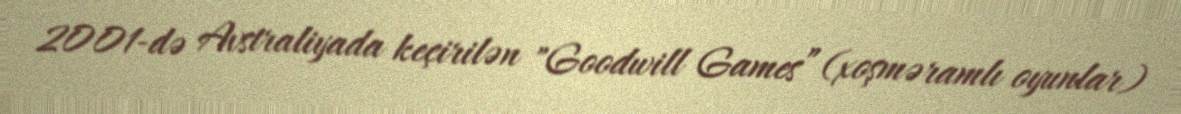
2001-də Avstraliyada keçirilən "Goodwill Games” (xoşməramlı oyunlar)